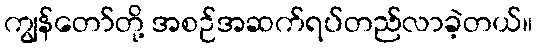
ကျွန်တော်တို့ အစဉ်အဆက်ရပ်တည်လာခဲ့တယ်။